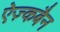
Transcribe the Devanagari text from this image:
ऐज़्कबैन